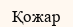
Қожар